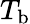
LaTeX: T_{\mathrm{b}}